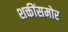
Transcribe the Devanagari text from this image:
शक्तींसमोर